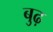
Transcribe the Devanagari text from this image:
बुढ़